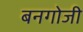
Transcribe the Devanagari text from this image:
बनगोजी